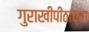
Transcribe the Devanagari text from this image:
गुराखीपीठाच्या